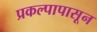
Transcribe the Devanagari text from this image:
प्रकल्पापासून